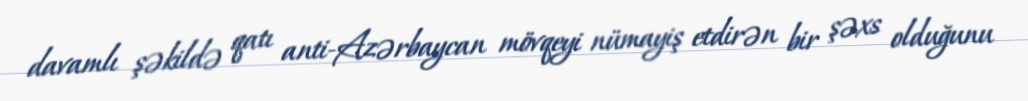
davamlı şəkildə qatı anti-Azərbaycan mövqeyi nümayiş etdirən bir şəxs olduğunu